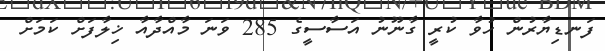
ފަނޑިޔާރުން ހުވާ ކުރީ ގާނޫނު އަސާސީގެ 285 ވަނަ މާއްދާއާ ޚިލާފަށް ކަމަށް